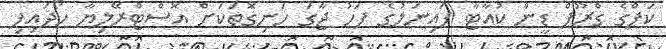
ކަޕްގެ ގްރޫޕް ޑީން ކުއާޓާ ފައިނަލުގެ ފަހު ޖާގަ ހަނިގޮތަކަށް އޮސްޓްރޭލިޔާ ހޯދައިފި